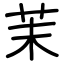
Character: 茉